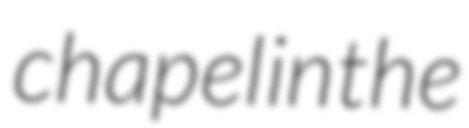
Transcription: chapel in the